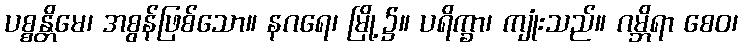
ပစ္စန္တိမေ၊ အစွန်ဖြစ်သော။ နဂရေ၊ မြို့၌။ ပရိက္ခာ၊ ကျုံးသည်။ ဂမ္ဘိရာ စေဝ၊